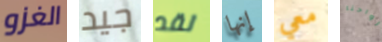
الغزو جيد لقد إنها معي أرواحنا